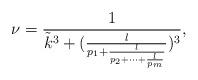
LaTeX: \begin{align*}\nu=\frac{1}{{\tilde k}^3+(\frac{l}{p_1+\frac{l}{p_2+\cdots+\frac{l}{p_m}}})^3},\end{align*}